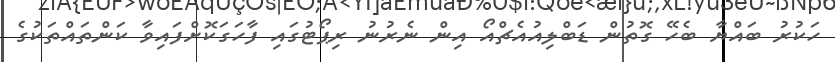
ހަކުރު ބައްޔާ ބެހޭ ގޮތުން ޑަބްލިއުއެޗްއޯ އިން ނެރުނު ރިޕޯޓުގައި ފާހަގަކޮށްފައިވާ ކަންތައްތަކުގެ